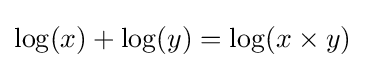
\log(x)+\log(y)=\log(x\times y)